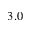
3 . 0